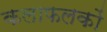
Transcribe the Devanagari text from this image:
कलाफलकों